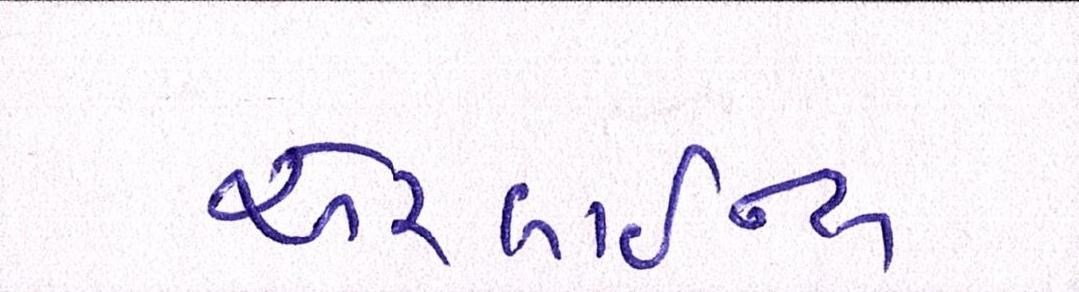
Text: એરલાઇન્સ